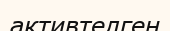
активтелген